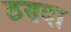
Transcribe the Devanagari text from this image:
ठण्दा